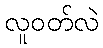
လူဝတ်လဲ